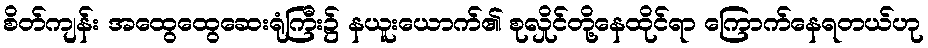
စိတ်ကျန်း အထွေထွေဆေးရုံကြီး၌ နယူးယောက်၏ စုလှိုင်တို့နေထိုင်ရာ ကြောက်နေရတယ်ဟု